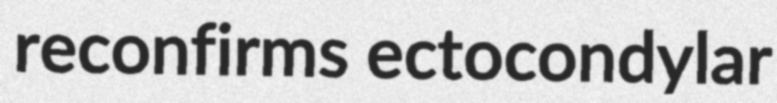
reconfirms ectocondylar